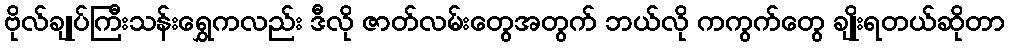
ဗိုလ်ချုပ်ကြီးသန်းရွှေကလည်း ဒီလို ဇာတ်လမ်းတွေအတွက် ဘယ်လို ကကွက်တွေ ချိုးရတယ်ဆိုတာ